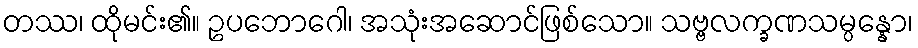
တဿ၊ ထိုမင်း၏။ ဥပဘောဂေါ၊ အသုံးအဆောင်ဖြစ်သော။ သဗ္ဗလက္ခဏသမ္ပန္နော၊